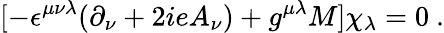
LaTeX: [-\epsilon^{\mu\nu\lambda}(\partial_{\nu}+2ieA_{\nu})+g^{\mu\lambda}M]\chi_{\lambda}=0~.